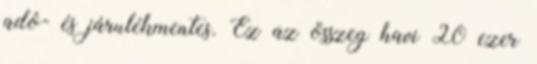
adó- és járulékmentes. Ez az összeg havi 20 ezer